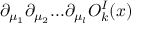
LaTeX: \partial _ { \mu _ { 1 } } \partial _ { \mu _ { 2 } } . . . \partial _ { \mu _ { l } } O _ { k } ^ { I } ( x )